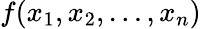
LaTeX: f(x_{1},x_{2},\dots,x_{n})